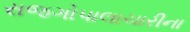
રાજગોપાલાચારીના